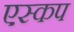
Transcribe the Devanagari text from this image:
एस्कप